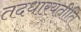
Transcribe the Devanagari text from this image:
तदधारयतीति